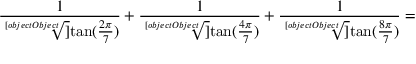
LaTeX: { \frac { 1 } { \sqrt [ [object Object] ] { \tan ( { \frac { 2 \pi } { 7 } } ) } } } + { \frac { 1 } { \sqrt [ [object Object] ] { \tan ( { \frac { 4 \pi } { 7 } } ) } } } + { \frac { 1 } { \sqrt [ [object Object] ] { \tan ( { \frac { 8 \pi } { 7 } } ) } } } =